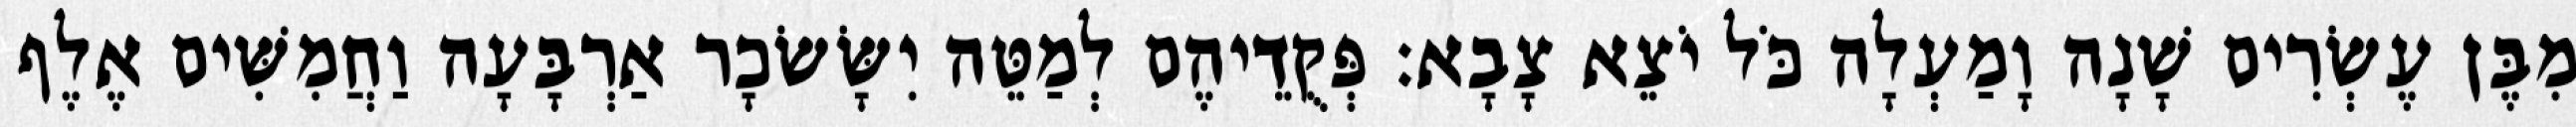
מִבֶּן עֶשְׂרִים שָׁנָה וָמַעְלָה כֹּל יֹצֵא צָבָא׃ פְּקֻדֵיהֶם לְמַטֵּה יִשָּׂשׂכָר אַרְבָּעָה וַחֲמִשִּׁים אֶלֶף